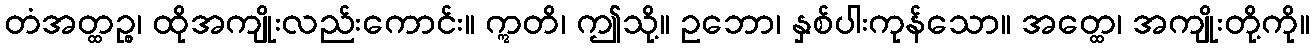
တံအတ္ထဉ္စ၊ ထိုအကျိုးလည်းကောင်း။ ဣတိ၊ ဤသို့။ ဥဘော၊ နှစ်ပါးကုန်သော။ အတ္ထေ၊ အကျိုးတို့ကို။